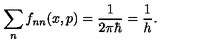
\sum _ { n } f _ { n n } ( x , p ) = \frac { 1 } { 2 \pi \hbar } = \frac { 1 } { h } .